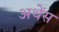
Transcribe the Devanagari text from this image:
अथेंस